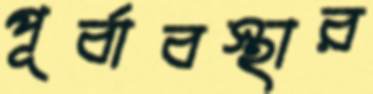
পূর্বাবস্থার